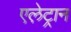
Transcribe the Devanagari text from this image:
एले़ट्रान